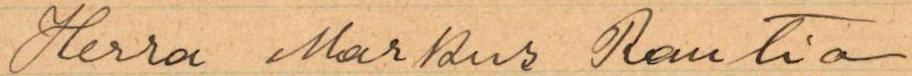
Herra Markus Rautia